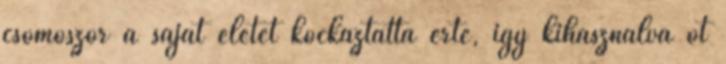
csomószor a saját életét kockáztatta érte, így kihasználva őt